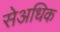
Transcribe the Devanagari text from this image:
सेअधिक